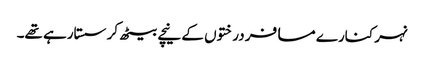
نہر کنارے مسافر درختوں کے نیچے بیٹھ کر سستارہے تھے۔